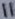
Text: 11